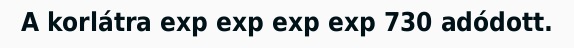
A korlátra exp exp exp exp 730 adódott.